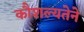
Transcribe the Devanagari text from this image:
कौशल्यतेने